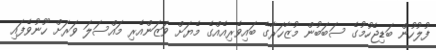
ފުލުހުން ބަޑިޖެހުމުގެ ސަބަބުން މުޒާހަރާގެ ބައިވެރިއެއްގެ މެޔަށް ވަޒަންއެރި މައްސަލަ ވަރަށް ހޫނުވެފައި